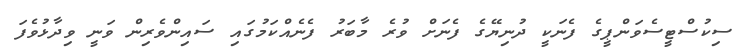
ސިކުސްޓީސެވަންޕީގެ ފެނަކީ ދުނިޔޭގެ ފެނަށް ވުރެ މާބަރު ފެނެއްކަމުގައި ސައިންވެރިން ވަނީ ވިދާޅުވެފަ